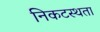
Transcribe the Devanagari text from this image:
निकटस्थता